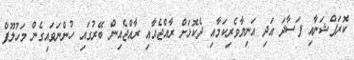
ކޮރަޕްޝަނާއި ފަަސާދަ އަދި އަނިޔާވެރިކަމާއި ދެކޮޅަށް ރާއްޖެއާއި ރާއްޖެއިން ބޭރުގައި ހުންނަވައިގެން މަހުލޫފް